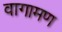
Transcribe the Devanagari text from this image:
वागामण